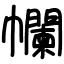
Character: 幱